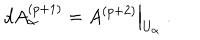
LaTeX: d A _ { \alpha } ^ { ( p + 1 ) } = \left. A ^ { ( p + 2 ) } \right| _ { U _ { \alpha } } \ .